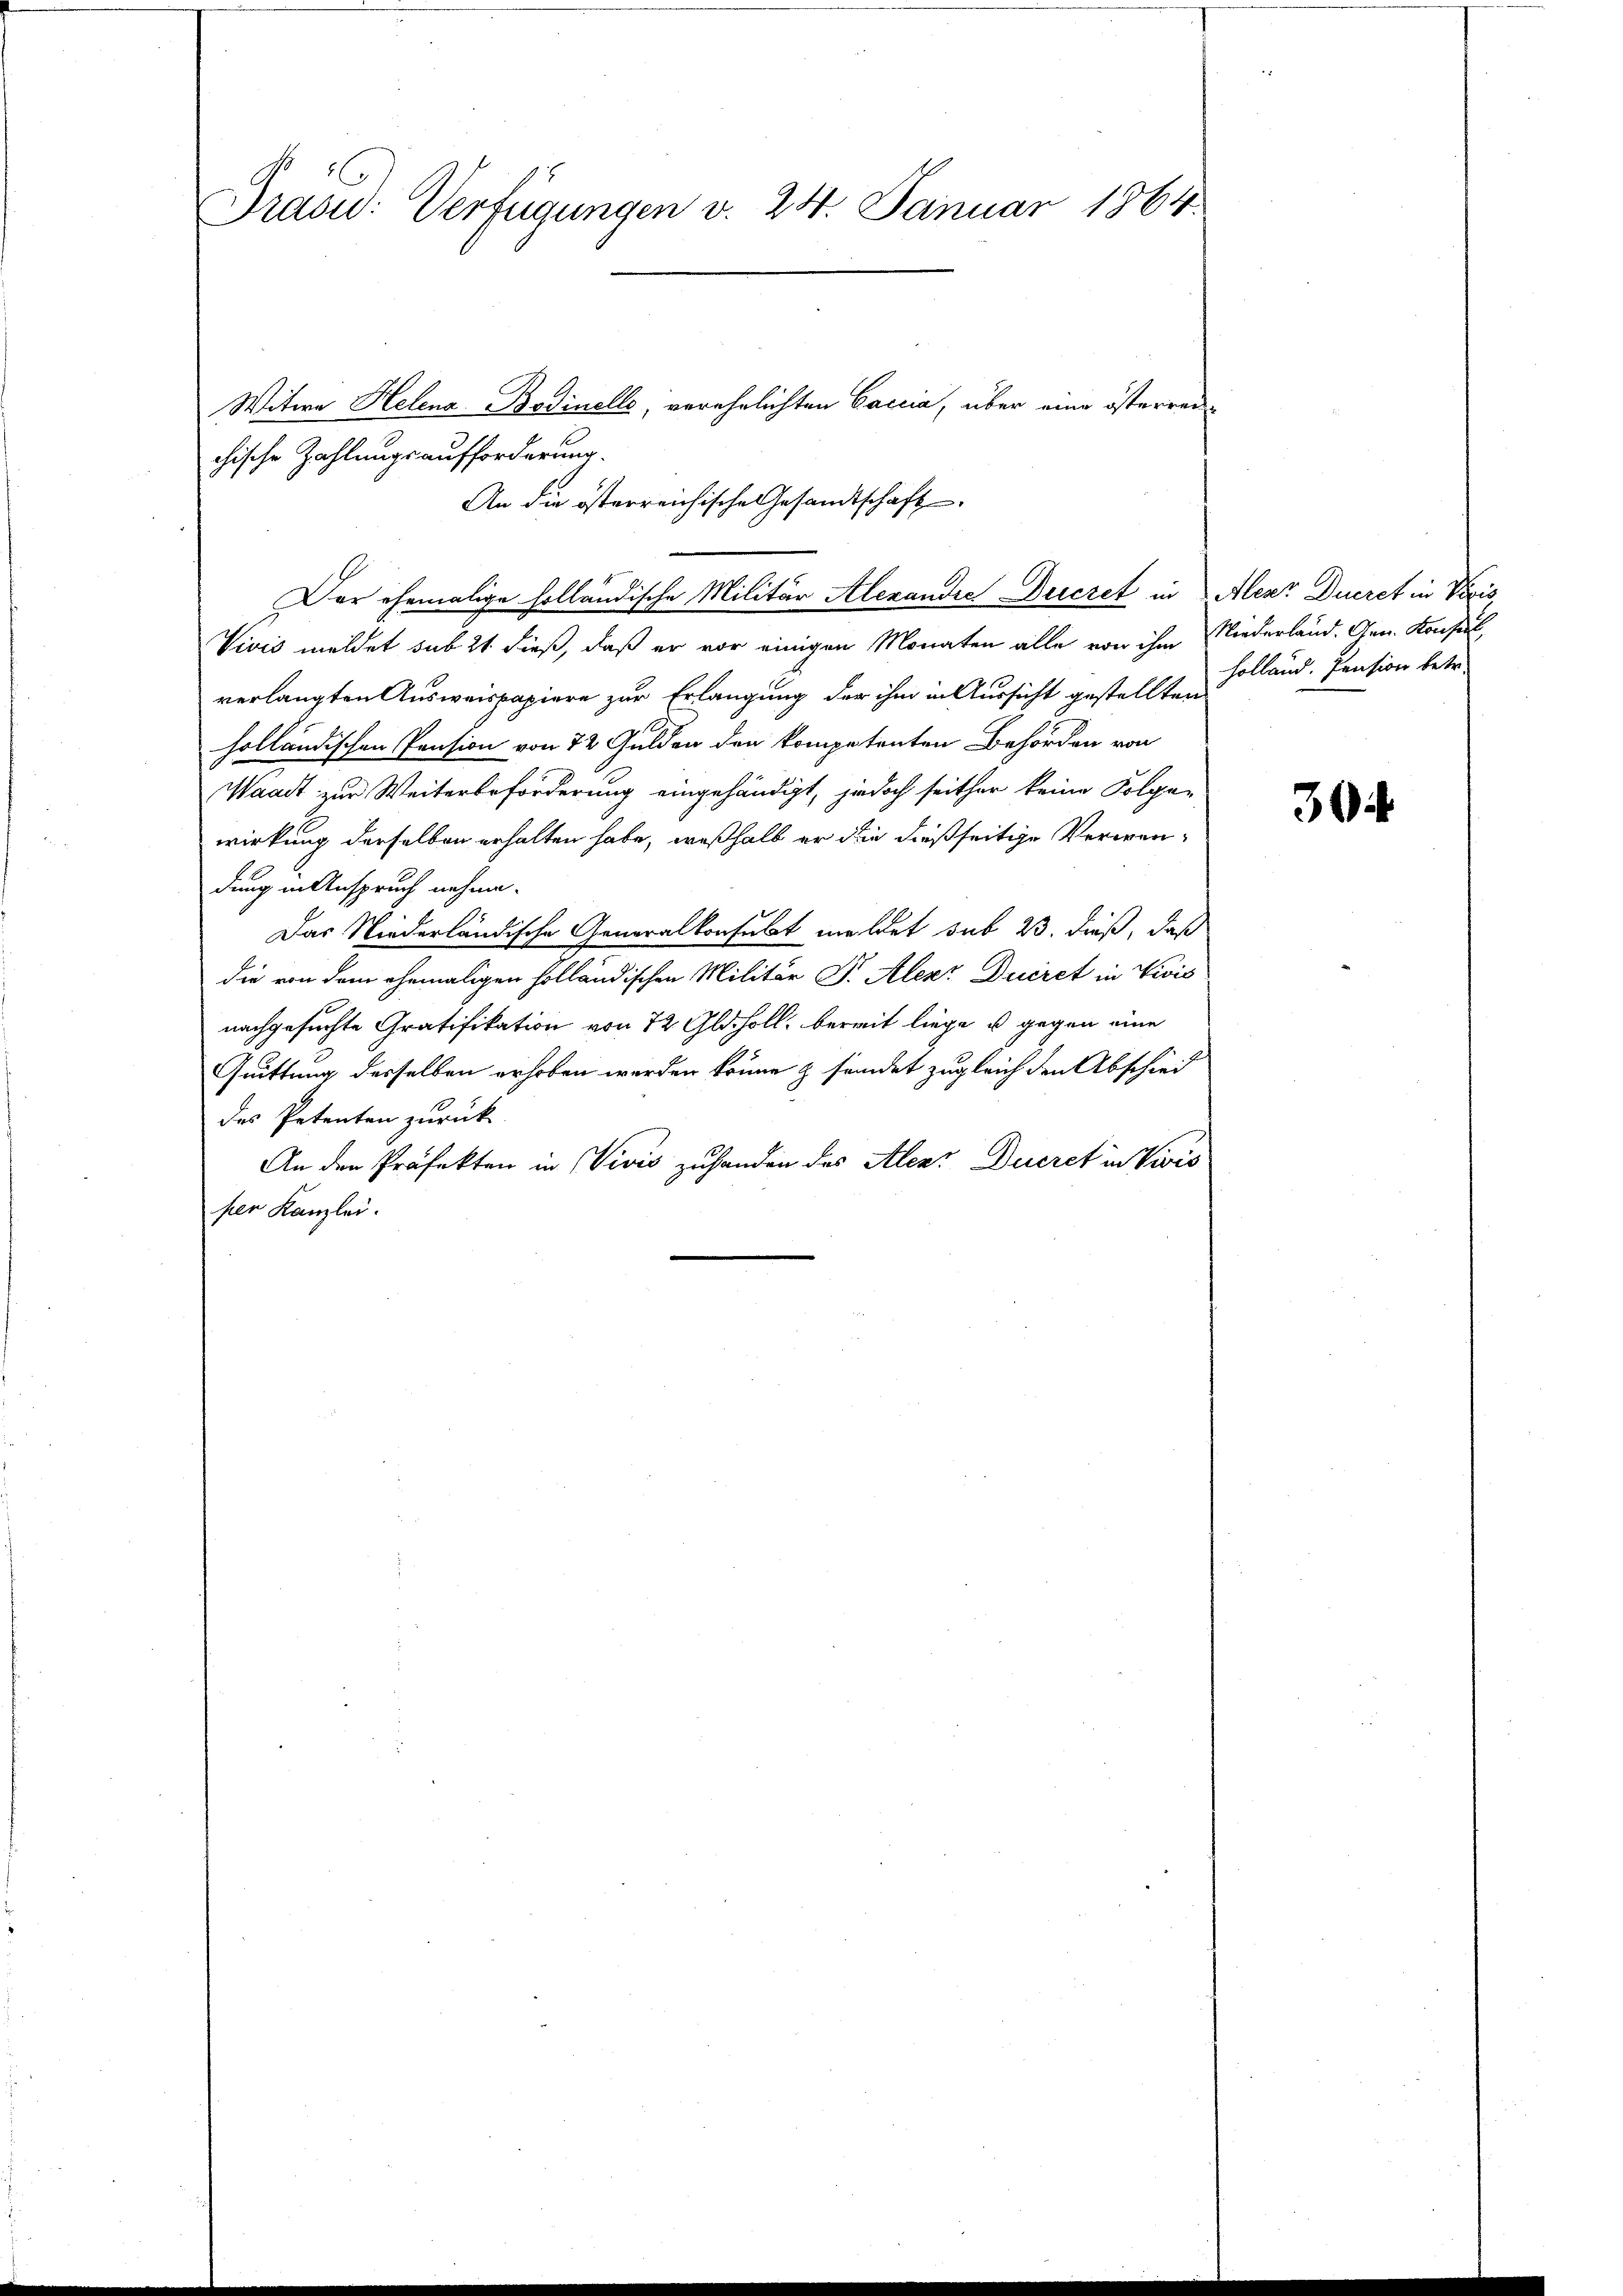
Grand: Verfügungen v. 24. Januar 1864.

chische Zahlungsaufforderung.
Vivis meldet sub 21 dieß, daß er vor einigen Monaten alle von ihm Niederland. Gen. Konsul
verlangten Ausweispapiere zur Erlangung der ihm in Aussicht gestellten
holländischen Pension von 72 Gulden den kompetenten Behörden von
Waadt zur Weiterbeförderung eingehändigt, jedoch seither keine Folge-
wirkung derselben erhalten habe, weßhalb er die dießseitige Verwen-
dung in Anspruch nehme.
Das Niederländische Generalkonsulat meldet sub 23. dieß, daß
die von dem ehemaligen holländischen Militär P. Alexr Quiret in Vicis
nachgesuchte Gratifikation von 72 Gldholl, bereit liege u gegen eine
Guittung desselben erhoben werden könne & sendet zugleich den Abschied
des Petenten zurück
An den Präfekten in Vivis zuhanden des Alenr Ducret in Vivis
per Kanzlei.

Witwe Helena Bodinelle, verehrlichten Caccia, über eine österren
An die österreichische Gesandtschaft
Der ehemalige holländische Militär Alexandie Decret in Alenz Duceret in Voris,

Holland. Pension betr.

30